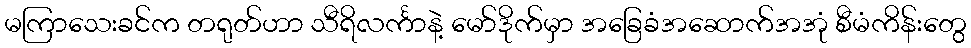
မကြာသေးခင်က တရုတ်ဟာ သီရိလင်္ကာနဲ့ မော်ဒိုက်မှာ အခြေခံအဆောက်အအုံ စီမံကိန်းတွေ